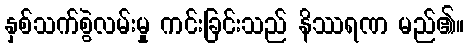
နှစ်သက်စွဲလမ်းမှု ကင်းခြင်းသည် နိဿရဏ မည်၏။